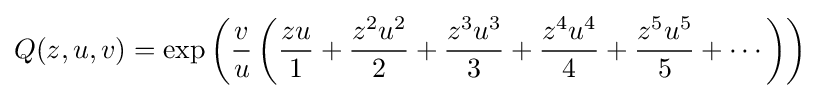
Q(z,u,v)=\exp \left({\frac {v}{u}}\left({\frac {zu}{1}}+{\frac {z^{2}u^{2}}{2}}+{\frac {z^{3}u^{3}}{3}}+{\frac {z^{4}u^{4}}{4}}+{\frac {z^{5}u^{5}}{5}}+\cdots \right)\right)